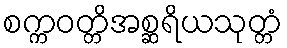
စက္ကဝတ္တိအစ္ဆရိယသုတ္တံ